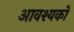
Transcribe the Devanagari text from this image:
आवश्यकों